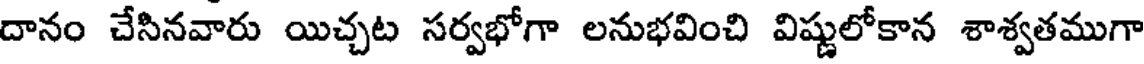
దానం చేసినవారు యిచ్చట సర్వభోగా లనుభవించి విష్ణులోకాన శాశ్వతముగా